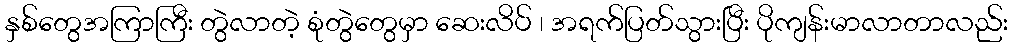
နှစ်တွေအကြာကြီး တွဲလာတဲ့ စုံတွဲတွေမှာ ဆေးလိပ် ၊ အရက်ပြတ်သွားပြီး ပိုကျန်းမာလာတာလည်း